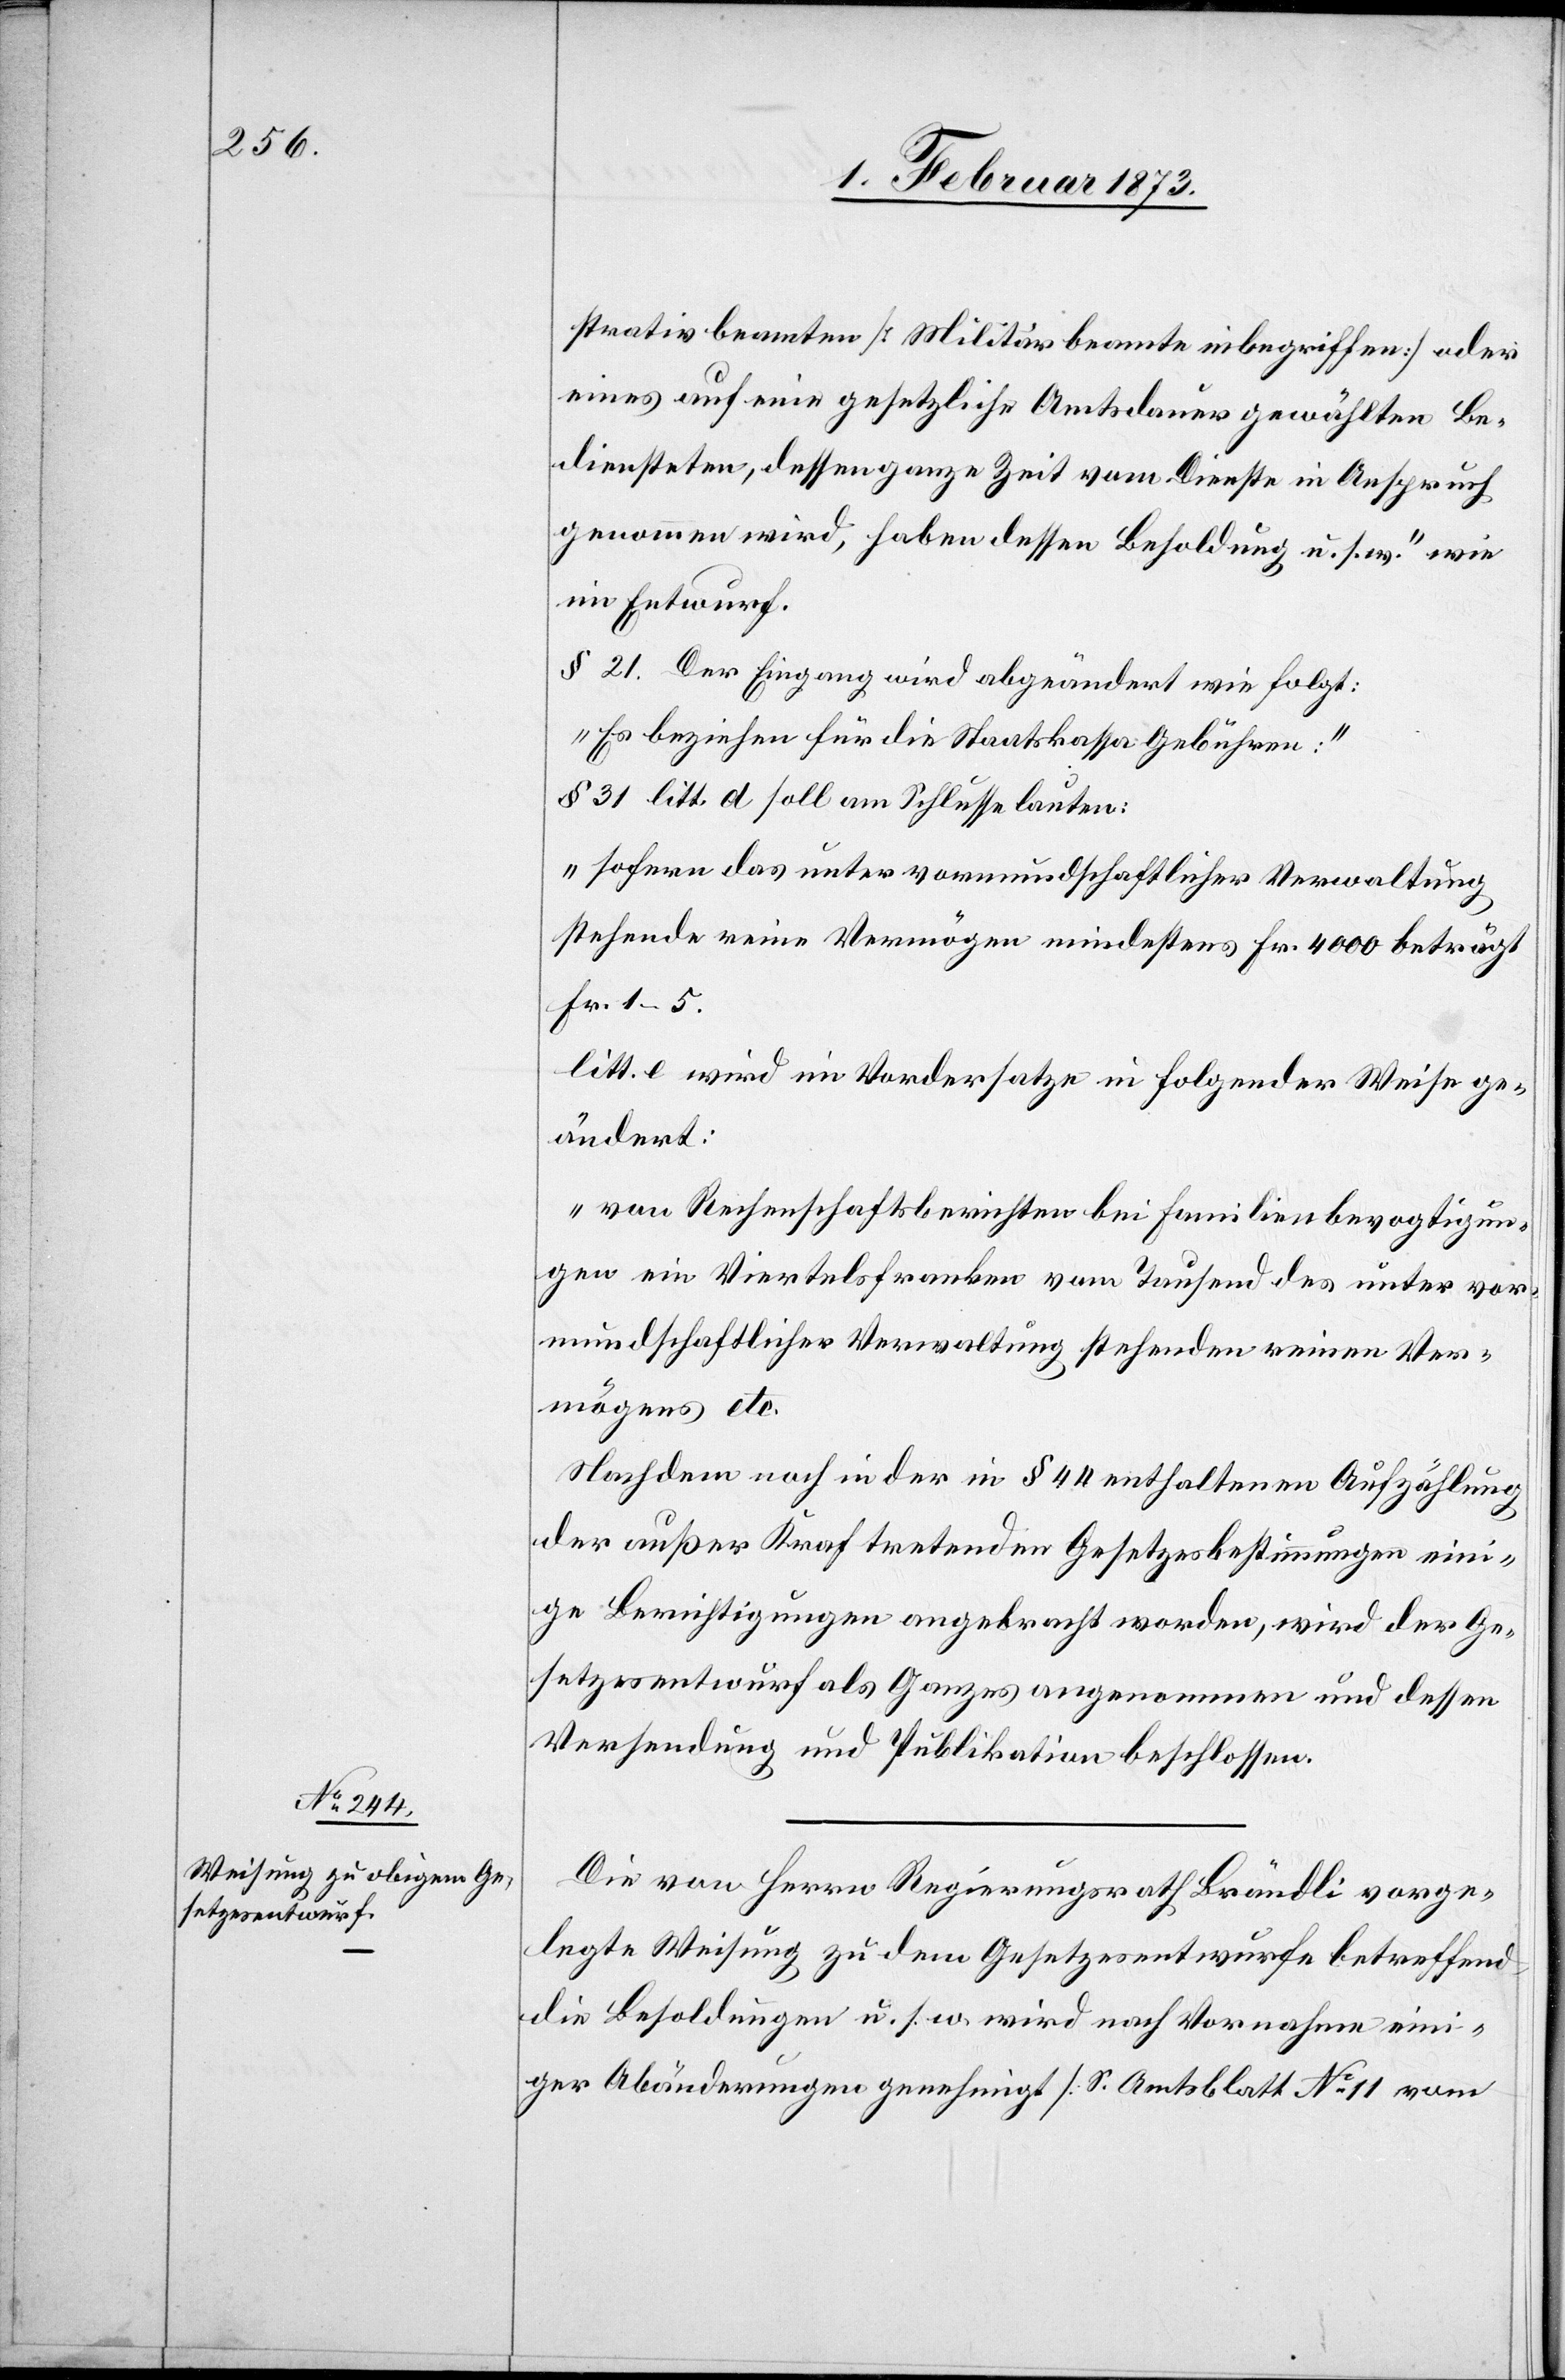
strativbeamten [Militärbeamte inbegriffen] oder
eines auf eine gesetzliche Amtsdauer gewählten Be¬
diensteten, dessen ganze Zeit vom Dienste in Anspruch
genommen wird, haben dessen Besoldung u. s. w.“ wie
im Entwurf.
§ 21. Der Eingang wird abgeändert wie folgt:
„Es beziehen für die Staatskassa Gebühren:“
§ 31 litt. d soll am Schlusse lauten:
„sofern das unter vormundschaftlicher Verwaltung
stehende reine Vermögen mindestens Fr. 4000 beträgt
Fr. 1–5.“
litt. e wird im Vordersatze in folgender Weise ge¬
ändert:
„von Rechenschaftsberichten bei Familienbevogtigun¬
gen ein Viertelsfranken vom Tausend des unter vor¬
mundschaftlicher Verwaltung stehenden reinen Ver¬
mögens etc.“
Nachdem noch in der in § 44 enthaltenen Aufzählung
der außer Kraf[t] tretenden Gesetzesbestimmungen eini¬
ge Berichtigungen angebracht worden, wird der Ge¬
setzesentwurf als Ganzes angenommen und dessen
Versendung und Publikation beschlossen.
Die von Herrn Regierungsrath Brändli vorge¬
legte Weisung zu dem Gesetzesentwurfe betreffend
die Besoldungen u. s. w. wird nach Vornahme eini¬
ger Abänderungen genehmigt [S. Amtsblatt No. 11 vom